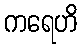
ကရေဟိ